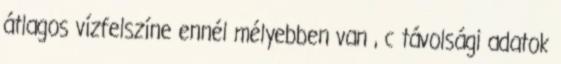
átlagos vízfelszíne ennél mélyebben van , c távolsági adatok